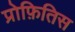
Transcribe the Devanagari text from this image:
प्रोफ़ितिस